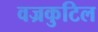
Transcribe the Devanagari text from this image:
वज्रकुटिल